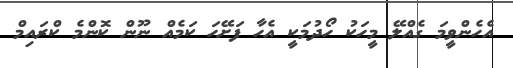
އެހެންވީމަ ގެއްލޭ މީހަކު ހޯދުމަކީ އެހާ ފަށޭހަ ކަމެއް ނޫން ކޮންމެ ކްރައިމް